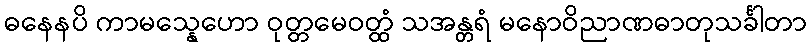
ဓနေနပိ ကာမသ္နေဟော ဝုတ္တမေဝတ္ထံ သအန္တရံ မနောဝိညာဏဓာတုသင်္ခါတာ